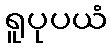
ရူပုပယံ